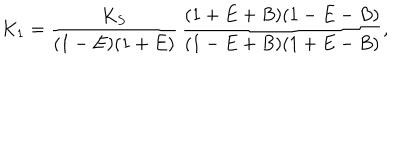
LaTeX: K _ { 1 } = \frac { K _ { S } } { ( 1 - E ) ( 1 + E ) } \, \frac { ( 1 + E + B ) ( 1 - E - B ) } { ( 1 - E + B ) ( 1 + E - B ) } ,